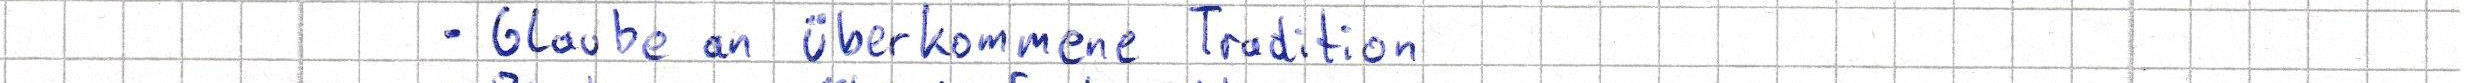
- Glaube an überkommene Tradition